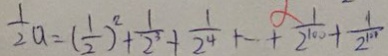
\frac { 1 } { 2 } a = ( \frac { 1 } { 2 } ) ^ { 2 } + \frac { 1 } { 2 ^ { 3 } } + \frac { 1 } { 2 ^ { 4 } } + \cdots + \frac { 1 } { 2 ^ { 1 0 0 } } + \frac { 1 } { 2 ^ { 1 0 1 } }